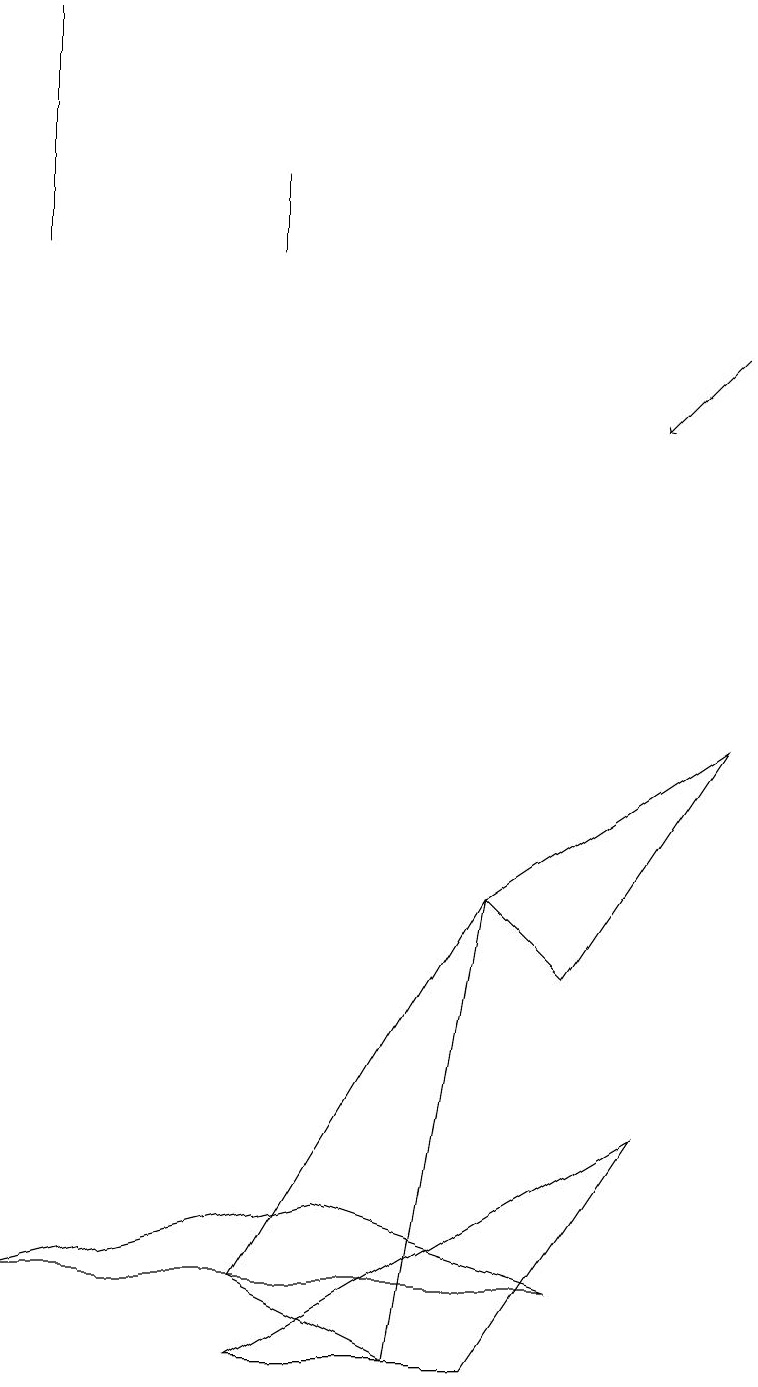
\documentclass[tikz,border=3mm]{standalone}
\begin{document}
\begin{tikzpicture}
\draw (3,15) rectangle (3,16);
\draw (3,1) -- (6,1) -- (8,4) -- cycle;
\draw (3,2) -- (5,1) -- (6,7) -- cycle;
\draw[->] (9,14) -- (8,13);
\draw (6,7) -- (9,9) -- (7,6) -- cycle;
\draw (0,15) rectangle (0,18);
\draw (7,2) -- (0,2) -- (4,3) -- cycle;
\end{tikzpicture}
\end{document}